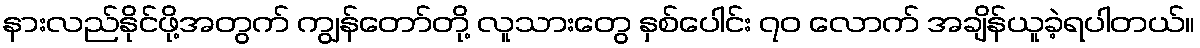
နားလည်နိုင်ဖို့အတွက် ကျွန်တော်တို့ လူသားတွေ နှစ်ပေါင်း ၇၀ လောက် အချိန်ယူခဲ့ရပါတယ်။